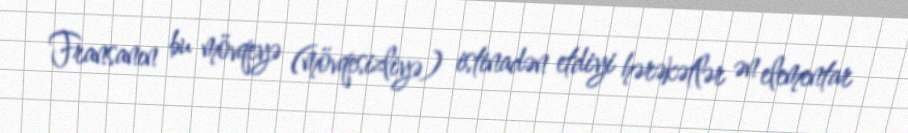
Fransanın bu mövqeyə (mövqesizliyə) istinadən etdiyi hərəkətlər ən elementar